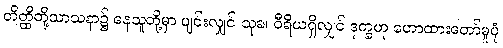
တိတ္ထိတို့သာသနာ၌ နေသူတို့မှာ ပျင်းလျှင် သုခ၊ ဝီရိယရှိလျှင် ဒုက္ခဟု ဟောထားတော်မူပုံ